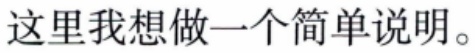
这里我想做一个简单说明。